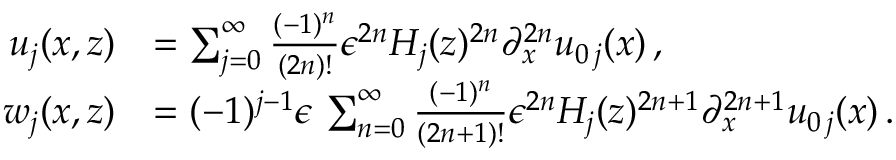
\begin{array} { r l } { u _ { j } ( x , z ) } & { = \sum _ { j = 0 } ^ { \infty } \frac { ( - 1 ) ^ { n } } { ( 2 n ) ! } \epsilon ^ { 2 n } { H _ { j } } ( z ) ^ { 2 n } \partial _ { x } ^ { 2 n } u _ { 0 \, j } ( x ) \, , } \\ { w _ { j } ( x , z ) } & { = ( - 1 ) ^ { j - 1 } \epsilon \, \sum _ { n = 0 } ^ { \infty } \frac { ( - 1 ) ^ { n } } { ( 2 n + 1 ) ! } \epsilon ^ { 2 n } H _ { j } ( z ) ^ { 2 n + 1 } \partial _ { x } ^ { 2 n + 1 } u _ { 0 \, j } ( x ) \, . } \end{array}